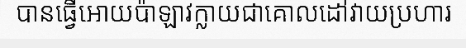
បានធ្វើអោយប៉ាឡាវក្លាយជាគោលដៅវាយប្រហារ